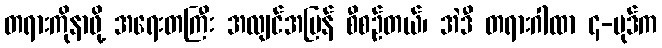
တရားကိုနာဖို့ အရေးတကြီး အလျင်အမြန် စီစဉ်တယ်၊ အဲဒီ တရားဂါထာ ၄-ပုဒ်က